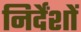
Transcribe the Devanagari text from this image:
निर्देंशों